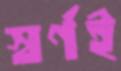
স্বর্ণই